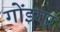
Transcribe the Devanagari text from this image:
गोंइगर